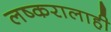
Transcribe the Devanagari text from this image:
लष्करालाही